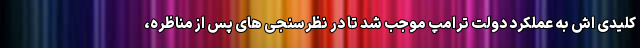
کلیدی اش به عملکرد دولت ترامپ موجب شد تا در نظرسنجی های پس از مناظره،